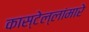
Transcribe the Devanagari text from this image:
कास्टेल्लांमारे